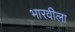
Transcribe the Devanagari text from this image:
भारवीला